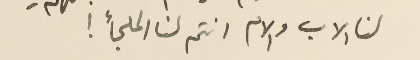
لنا الاب والام انتم لنا الملجأ !